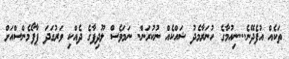
ތަކެއް އުފެދޭނެ...ނިއުމާގެ ހުނަރާމެދު ޝައްކެއް ނުކުރަން. ނަމަވެސް ލޫދިފާގެ ދެއްކި ވަރުގަދަ ޕާފޯމެންސްއަށް